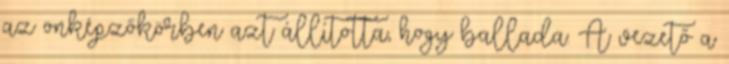
az önképzőkörben azt állította, hogy ballada. A vezető a